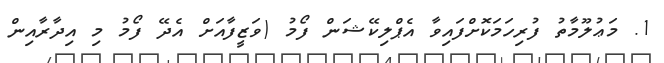
1. މަޢުލޫމާތު ފުރިހަމަކޮށްފައިވާ އެޕްލިކޭޝަން ފޯމު (ވަޒީފާއަށް އެދޭ ފޯމު މި އިދާރާއިން